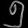
Digit: ၅